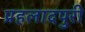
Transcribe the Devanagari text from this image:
प्रहलादपुरी